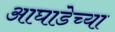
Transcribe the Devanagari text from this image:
आघाडेच्या